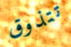
تتذوق